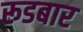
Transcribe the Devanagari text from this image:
रूडबार